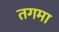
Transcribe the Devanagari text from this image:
तगमा